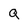
Character: Q